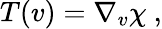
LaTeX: T(v)=\nabla_{v}\chi~,